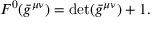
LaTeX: { } F ^ { 0 } ( \bar { g } ^ { \mu \nu } ) = \operatorname * { d e t } ( \bar { g } ^ { \mu \nu } ) + 1 .